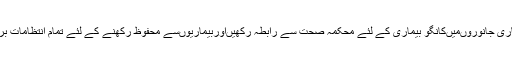
انہوںنے کہا کہ بیوپاری جانوروںمیںکانگو بیماری کے لئے محکمہ صحت سے رابطہ رکھیںاوربیماریوںسے محفوظ رکھنے کے لئے تمام انتظامات بروئے کارلارہے ہیں۔